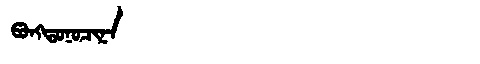
Manchu: ᡦᠣᠩᡨᠣᠨᠣᠴᡳᠨᠠ
Romanization: PONGTONOCINA